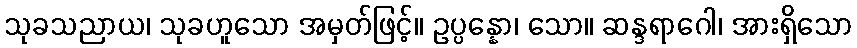
သုခသညာယ၊ သုခဟူသော အမှတ်ဖြင့်။ ဥပ္ပန္နော၊ သော။ ဆန္ဒရာဂေါ၊ အားရှိသော